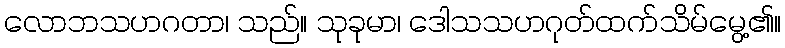
လောဘသဟဂတာ၊ သည်။ သုခုမာ၊ ဒေါသသဟဂုတ်ထက်သိမ်မွေ့၏။